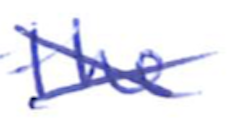
Text: the
Cross-out: cross
Writing tool: ballpoint